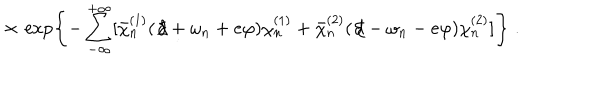
\times \, \exp \left\{ - \sum _ { - \infty } ^ { + \infty } [ { \bar { \chi } } _ { n } ^ { ( 1 ) } ( \not \! d + \omega _ { n } + e \varphi ) \chi _ { n } ^ { ( 1 ) } + { \bar { \chi } } _ { n } ^ { ( 2 ) } ( \not \! d - \omega _ { n } - e \varphi ) \chi _ { n } ^ { ( 2 ) } ] \right\} \; .